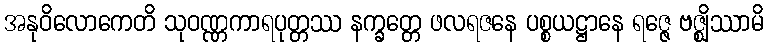
အနုဝိလောကေတိ သုဝဏ္ဏကာရပုတ္တဿ နက္ခတ္တေ ဖလရဇနေ ပစ္စယဋ္ဌာနေ ရဇ္ဇေ ဗဇ္ဈိဿာမိ